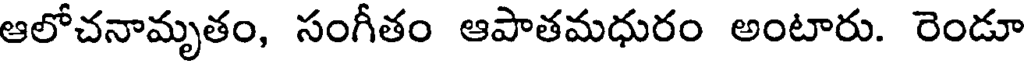
ఆలోచనామృతం, సంగీతం ఆపాతమధురం అంటారు. రెండూ